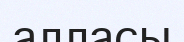
алласы